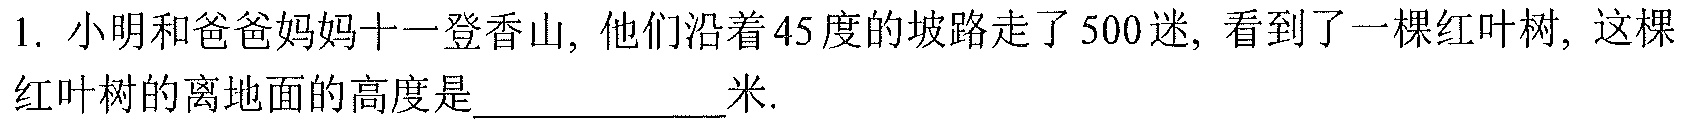
1. 小明和爸爸妈妈十一登香山, 他们沿着45度的坡路走了500迷, 看到了一棵红叶树, 这棵红叶树的离地面的高度是__________米.